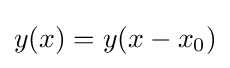
y(x)=y(x-x_{0})